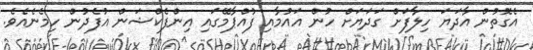
އެގޮތުން އާދަޔަ ހިލާފަށް ގަދަޔަށް ހުން އައުމާއި ފުއްޕާމޭގައި އިންފެކްޝަން އުފެދުން ހިމެނެއެވެ.